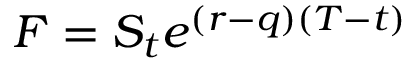
F = S _ { t } e ^ { ( r - q ) ( T - t ) }